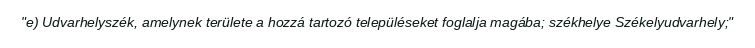
"e) Udvarhelyszék, amelynek területe a hozzá tartozó településeket foglalja magába; székhelye Székelyudvarhely;"